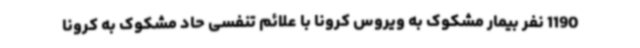
1190 نفر بیمار مشکوک به ویروس کرونا با علائم تنفسی حاد مشکوک به کرونا